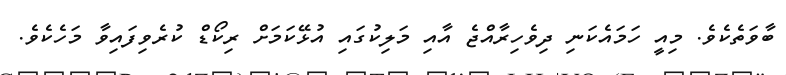
ބާވަތެކެވެ. މިއީ ހަމައެކަނި ދިވެހިރާއްޖެ އާއި މަލިކުގައި އުޅޭކަމަށް ރިކޯޑް ކުރެވިފައިވާ މަހެކެވެ.